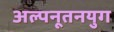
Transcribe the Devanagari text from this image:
अल्पनूतनयुग